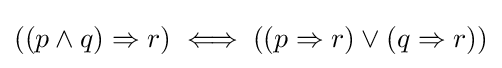
((p\land q)\Rightarrow r)\iff ((p\Rightarrow r)\lor (q\Rightarrow r))